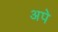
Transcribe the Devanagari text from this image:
अपे